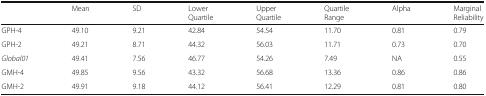
<table><thead><tr><td></td><td><b>Mean</b></td><td><b>SD</b></td><td><b>Lower Quartile</b></td><td><b>Upper Quartile</b></td><td><b>QuartileRange</b></td><td><b>Alpha</b></td><td><b>Marginal Reliability</b></td></tr></thead><tbody><tr><td>GPH-4</td><td>49.10</td><td>9.21</td><td>42.84</td><td>54.54</td><td>11.70</td><td>0.81</td><td>0.79</td></tr><tr><td>GPH-2</td><td>49.21</td><td>8.71</td><td>44.32</td><td>56.03</td><td>11.71</td><td>0.73</td><td>0.70</td></tr><tr><td><i>Global01</i></td><td>49.41</td><td>7.56</td><td>46.77</td><td>54.26</td><td>7.49</td><td>NA</td><td>0.55</td></tr><tr><td>GMH-4</td><td>49.85</td><td>9.56</td><td>43.32</td><td>56.68</td><td>13.36</td><td>0.86</td><td>0.86</td></tr><tr><td>GMH-2</td><td>49.91</td><td>9.18</td><td>44.12</td><td>56.41</td><td>12.29</td><td>0.81</td><td>0.80</td></tr></tbody></table>